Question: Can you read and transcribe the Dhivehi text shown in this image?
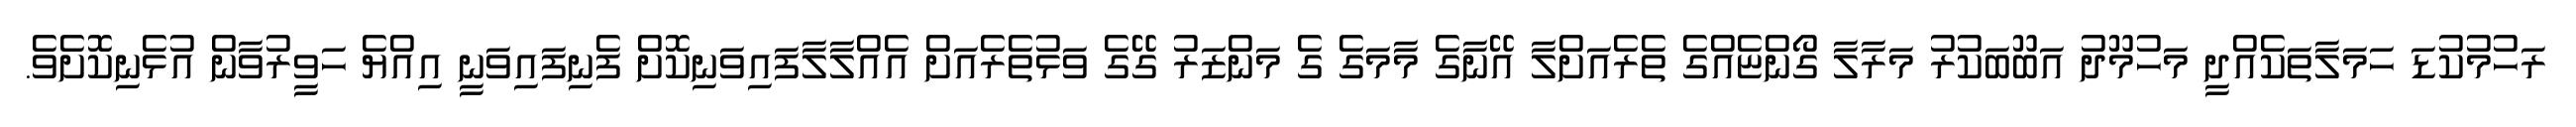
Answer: ރަހުމުކުޑަ ހަމަލާތަކެއްދީ މަހުމޫދު އަބޫބަކުރު މަރާލާ ގޯންޏެއްގެ ތެރެއަށްލާ އޭނާގެ މާމަގެ ގެ މަންޒަރު ގޭގެ ވަޅުތެރެއަށް އެއްލާލާފައިވަނިކޮށް ފެނިފައިވަނީ އިއްޔެ ހަވީރުވާން އުޅެނިކޮށެވެ.